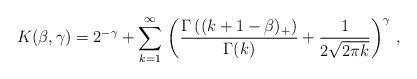
LaTeX: \begin{align*} K(\beta, \gamma) = 2^{-\gamma} +\sum_{k=1}^\infty\, \left(\frac{\Gamma\left (( k+1-\beta)_+\right)}{\Gamma(k)} +\frac{1}{2\sqrt{2\pi k}} \right)^\gamma\,,\end{align*}